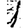
Digit: 1